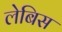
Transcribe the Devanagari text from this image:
लेबिस